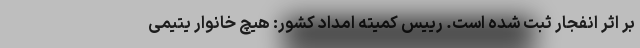
بر اثر انفجار ثبت شده است. رییس کمیته امداد کشور: هیچ خانوار یتیمی